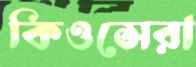
কিওসেরা